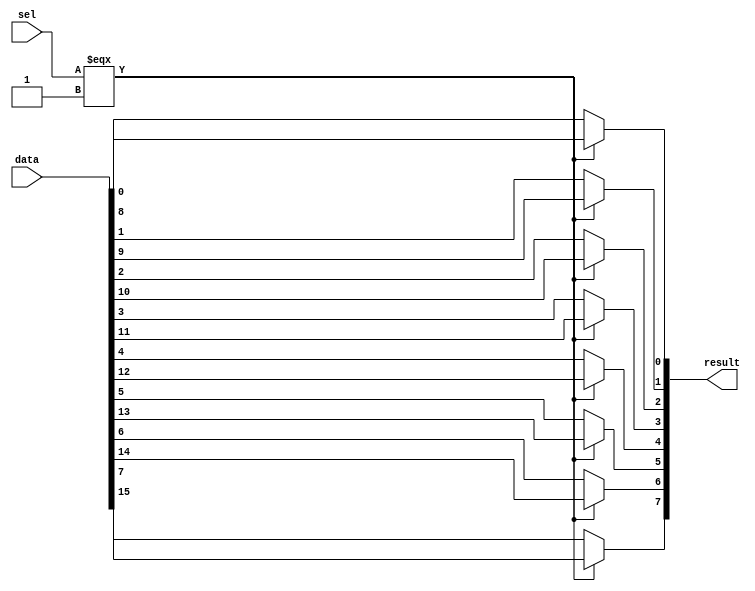
module  element_mux_8x2_mux
	( 
	data,
	result,
	sel) /* synthesis synthesis_clearbox=1 */;
	input   [15:0]  data;
	output   [7:0]  result;
	input   [0:0]  sel;
`ifndef ALTERA_RESERVED_QIS
// synopsys translate_off
`endif
	tri0   [15:0]  data;
	tri0   [0:0]  sel;
`ifndef ALTERA_RESERVED_QIS
// synopsys translate_on
`endif

	wire	wire_l1_w0_n0_mux_dataout;
	wire	wire_l1_w1_n0_mux_dataout;
	wire	wire_l1_w2_n0_mux_dataout;
	wire	wire_l1_w3_n0_mux_dataout;
	wire	wire_l1_w4_n0_mux_dataout;
	wire	wire_l1_w5_n0_mux_dataout;
	wire	wire_l1_w6_n0_mux_dataout;
	wire	wire_l1_w7_n0_mux_dataout;
	wire  [15:0]  data_wire;
	wire  [7:0]  result_wire_ext;
	wire  [0:0]  sel_wire;

	assign		wire_l1_w0_n0_mux_dataout = (sel_wire[0] === 1'b1) ? data_wire[8] : data_wire[0];
	assign		wire_l1_w1_n0_mux_dataout = (sel_wire[0] === 1'b1) ? data_wire[9] : data_wire[1];
	assign		wire_l1_w2_n0_mux_dataout = (sel_wire[0] === 1'b1) ? data_wire[10] : data_wire[2];
	assign		wire_l1_w3_n0_mux_dataout = (sel_wire[0] === 1'b1) ? data_wire[11] : data_wire[3];
	assign		wire_l1_w4_n0_mux_dataout = (sel_wire[0] === 1'b1) ? data_wire[12] : data_wire[4];
	assign		wire_l1_w5_n0_mux_dataout = (sel_wire[0] === 1'b1) ? data_wire[13] : data_wire[5];
	assign		wire_l1_w6_n0_mux_dataout = (sel_wire[0] === 1'b1) ? data_wire[14] : data_wire[6];
	assign		wire_l1_w7_n0_mux_dataout = (sel_wire[0] === 1'b1) ? data_wire[15] : data_wire[7];
	assign
		data_wire = {data},
		result = result_wire_ext,
		result_wire_ext = {wire_l1_w7_n0_mux_dataout, wire_l1_w6_n0_mux_dataout, wire_l1_w5_n0_mux_dataout, wire_l1_w4_n0_mux_dataout, wire_l1_w3_n0_mux_dataout, wire_l1_w2_n0_mux_dataout, wire_l1_w1_n0_mux_dataout, wire_l1_w0_n0_mux_dataout},
		sel_wire = {sel[0]};
endmodule
module element_mux_8x2 (
	data0x,
	data1x,
	sel,
	result)/* synthesis synthesis_clearbox = 1 */;

	input	[7:0]  data0x;
	input	[7:0]  data1x;
	input	  sel;
	output	[7:0]  result;

	wire [7:0] sub_wire0;
	wire [7:0] sub_wire5 = data0x[7:0];
	wire [7:0] result = sub_wire0[7:0];
	wire  sub_wire1 = sel;
	wire  sub_wire2 = sub_wire1;
	wire [7:0] sub_wire3 = data1x[7:0];
	wire [15:0] sub_wire4 = {sub_wire5, sub_wire3};

	element_mux_8x2_mux	element_mux_8x2_mux_component (
				.sel (sub_wire2),
				.data (sub_wire4),
				.result (sub_wire0));

endmodule